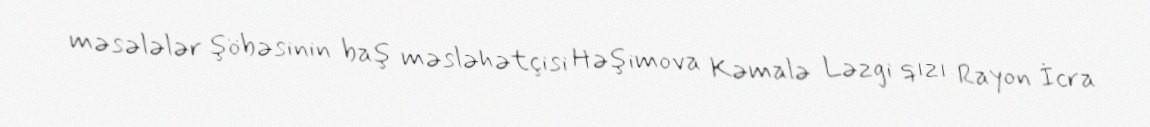
məsələlər şöbəsinin baş məsləhətçisi Həşimova Kəmalə Ləzgi qızı Rayon İcra